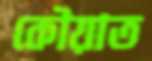
কৌয়াত